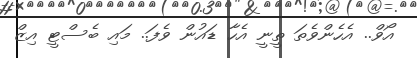
އޯވް.. އެހެންވެތަ ތީނީ އެހާ ޑައުން ވެފަ.. މައި ބެސްޓީ އިޒް